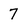
Character: 7